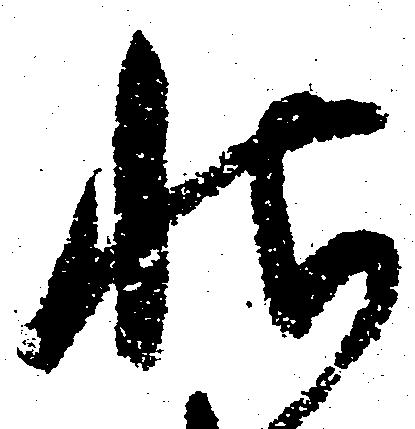
状